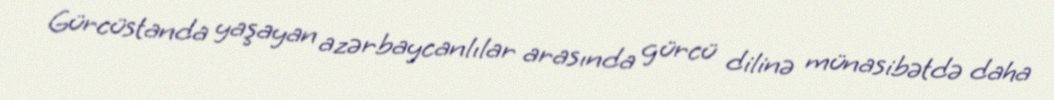
Gürcüstanda yaşayan azərbaycanlılar arasında gürcü dilinə münasibətdə daha